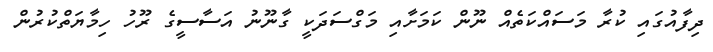
ދިފާއުގައި ކުރާ މަސައްކަތެއް ނޫން ކަމަށާއި މަގްސަދަކީ ގާނޫނު އަސާސީގެ ރޫހު ހިމާޔަތްކުރުން